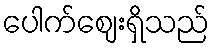
ပေါက်ဈေးရှိသည်